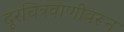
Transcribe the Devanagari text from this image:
दूरचित्रवाणीवरून